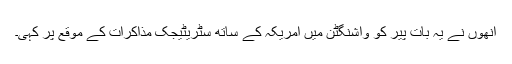
انھوں نے یہ بات پیر کو واشنگٹن میں امریکہ کے ساتھ سٹریٹیجک مذاکرات کے موقع پر کہی۔